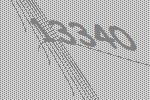
13340